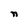
Character: n